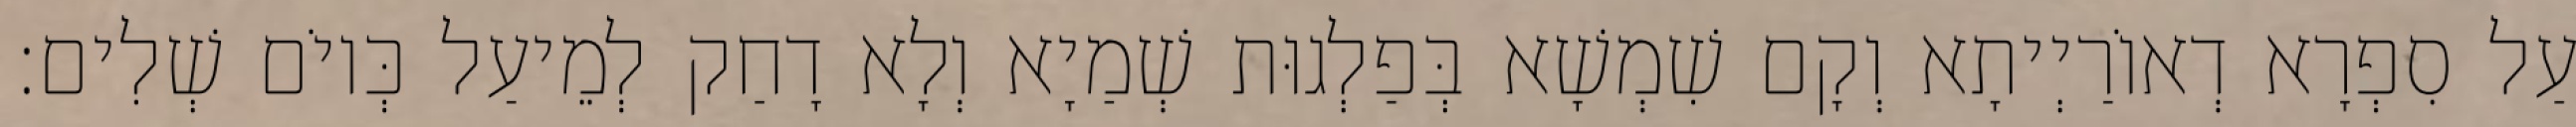
עַל סִפְרָא דְאוֹרַיְיתָא וְקָם שִׁמְשָׁא בְּפַלְגוּת שְׁמַיָא וְלָא דָחַק לְמֵיעַל כְּיוֹם שְׁלִים׃